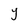
Character: Y